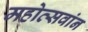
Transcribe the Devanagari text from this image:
महोत्सवांन